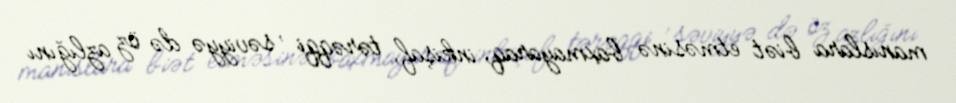
manıslara biət etməsinə baxmayaraq, inkişaf, tərəqqi , səviyyə də öz azlığını